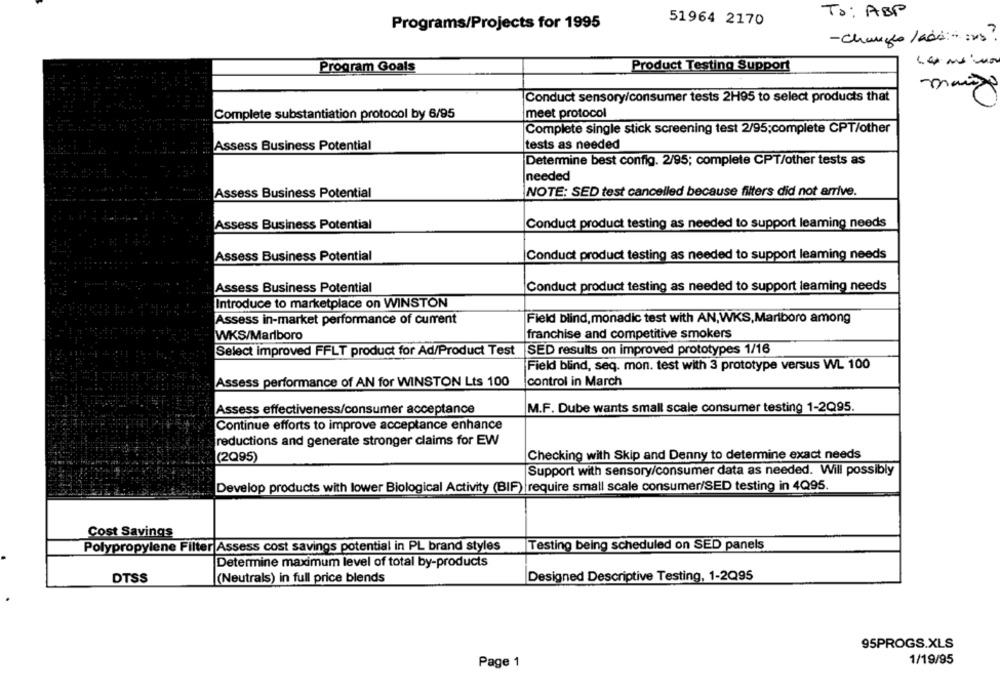
To : ABP
51964 2170
Programs/Projects for 1995
- Changes /add - ins?
Program Goals
Product Testing Support
mais
Conduct sensory/consumer tests 2H95 to select products that
Complete substantiation protocol by 6/95
meet protocol
Complete single stick screening test 2/95;complete CPT/other
tests as needed
Assess Business Potential
Determine best config. 2/95; complete CPT/other tests as
needed
Assess Business Potential
NOTE: SED test cancelled because filters did not arrive.
Assess Business Potential
Conduct product testing as needed to support leaming needs
Conduct product testing as needed to support leaming needs
Assess Business Potential
Assess Business Potential
Conduct product testing as needed to support leaming needs
Introduce to marketplace on WINSTON
Assess in-market performance of current
Field blind, monadic test with AN,WKS,Marlboro among
WKS/Marlboro
franchise and competitive smokers
Select improved FFLT product for Ad/Product Test
SED results on improved prototypes 1/16
Field blind, seq. mon. test with 3 prototype versus WL 100
Assess performance of AN for WINSTON Lts 100
control in March
Assess effectiveness/consumer acceptance
M.F. Dube wants small scale consumer testing 1-2095.
Continue efforts to improve acceptance enhance
reductions and generate stronger claims for EW
Checking with Skip and Denny to determine exact needs
(2Q95)
Support with sensory/consumer data as needed. Will possibly
Develop products with lower Biological Activity (BIF) require small scale consumer/SED testing in 4Q95.
Cost Savings
Polypropylene Filter Assess cost savings potential in PL brand styles
Testing being scheduled on SED panels
Determine maximum level of total by-products
DTSS
(Neutrals) in full price blends
Designed Descriptive Testing, 1-2Q95
95PROGS.XLS
Page 1
1/19/95